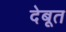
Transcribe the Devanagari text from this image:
देबूत